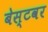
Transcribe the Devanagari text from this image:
बेस्टवर